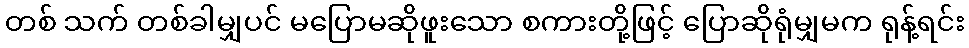
တစ် သက် တစ်ခါမျှပင် မပြောမဆိုဖူးသော စကားတို့ဖြင့် ပြောဆိုရုံမျှမက ရုန့်ရင်း